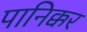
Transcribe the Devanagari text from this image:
पानिक्कर